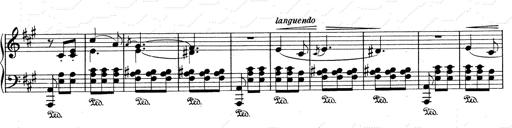
Title: Mephisto Waltz No.1
Composer: Franz Liszt